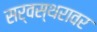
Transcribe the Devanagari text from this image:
सर्वस्थरावर